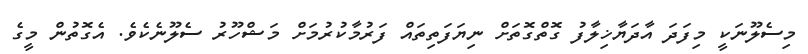
މިސެލޫނަކީ މިފަދަ އާދަޔާޚިލާފު ގޮތްގޮތަށް ނިޔަފަތިތައް ފަރުމާކުރުމަށް މަޝްހޫރު ސެލޫނެކެވެ. އެގޮތުން މީގެ